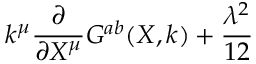
k ^ { \mu } \frac \partial { \partial X ^ { \mu } } G ^ { a b } ( X , k ) + \frac { \lambda ^ { 2 } } { 1 2 }